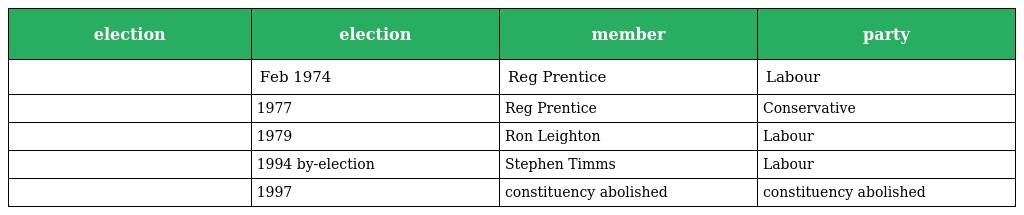
| election | election | member | party |
 | --- | --- | --- | --- |
 |  | Feb 1974 | Reg Prentice | Labour |
 |  | 1977 | Reg Prentice | Conservative |
 |  | 1979 | Ron Leighton | Labour |
 |  | 1994 by-election | Stephen Timms | Labour |
 |  | 1997 | constituency abolished | constituency abolished |